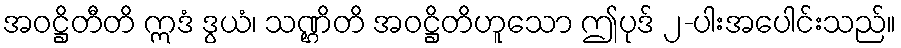
အဝဋ္ဌိတီတိ ဣဒံ ဒွယံ၊ သဏ္ဌိတိ အဝဋ္ဌိတိဟူသော ဤပုဒ် ၂-ပါးအပေါင်းသည်။